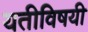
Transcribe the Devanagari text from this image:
यतीविषयी